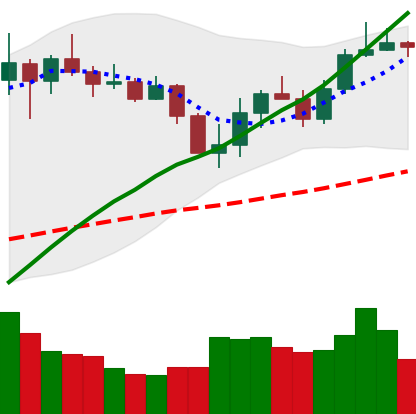
Ticker: LINK-USD
Chart end date: 2020-03-06
Forward return: -18.403%
Label: down_7plus